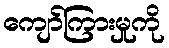
ကျော်ကြားမှုကို